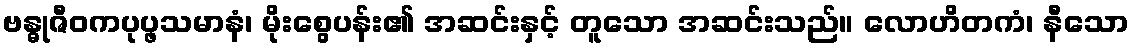
ဗန္ဓုဇီဝကပုပ္ဖသမာနံ၊ မိုးစွေပန်း၏ အဆင်းနှင့် တူသော အဆင်းသည်။ လောဟိတကံ၊ နီသော